Annual vaccination report of Bihar and Orissa - 1911-1928
Year: 1911
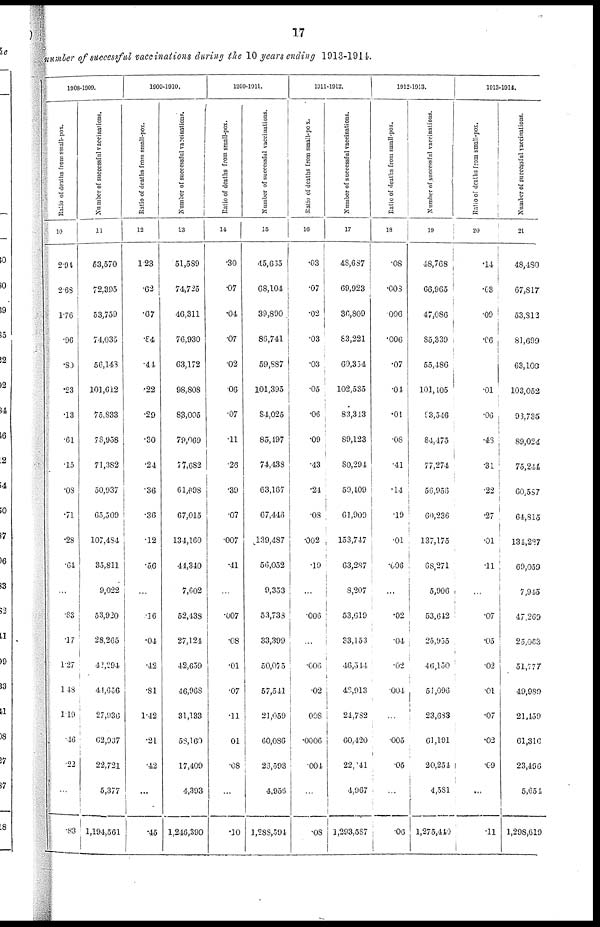
17
number of successful vaccinations during the 10 years ending 1913-194.
1908-1909.
Ratio of deaths from small-pox.
10
2.94
2.63
1.76
.96
.80
.53
.13
.61
.15
.03
.71
.28
.64
...
.83
.17
1.27
1.48
1.19
.40
.22
...
.83
Number of successful vaccinations.
11
53,570
72,395
53,759
74,035
56,143
101,612
75,833
78,958
71,382
50,937
65,509
107,484
35,811
9,022
53,920
28,265
42,294
44,656
27,936
62,937
22,721
5,377
1,194,561
1909-1910.
Ratio of deaths from small-pox.
12
1.23
.62
.67
.84
.44
.22
.29
.30
.24
.36
.36
.12
.56
...
.16
.04
.42
.81
1.42
.21
.42
...
.45
Number of successful vaccinations.
13
51,589
74,725
46,311
76,930
63,172
98,808
83,005
79,069
77,682
61,698
67,015
134,160
44,340
7,602
52,438
27,124
42,659
46,968
31,133
58,160
17,409
4,393
1,246,390
1910-1911.
Ratio of deaths from small-pox.
11
.30
.07
.04
.07
.02
.06
.07
.11
.26
.39
.07
.007
.41
...
.007
.08
.01
.07
.11
01
.08
...
.10
Number of successful vaccinations.
15
45,635
68,104
39,890
86,741
59,887
101,395
84,025
85,497
74,438
63,167
67,446
139,487
56,052
9,353
53,733
33,399
50,075
57,541
21,059
60,086
26,593
4,956
1,288,594
1911-1912.
Ratio of deaths from small-pox.
16
.03
.07
.02
.03
.03
.05
.06
.09
.43
.24
.08
.002
.19
...
.006
...
.006
.02
008
.0006
.004
...
.08
Number of successful vaccinations.
17
48,687
69,923
36,809
83,221
60,354
102,535
83,313
89,123
80,294
59,409
61,909
153,747
63,287
8,207
53,619
33,153
46,544
48,913
24,782
60,420
22,141
4,967
1,293,587
1912-1913.
Ratio of deaths from small-pox.
18
.08
.003
006
.006
.07
.04
.01
.08
.41
.14
.19
.01
.606
...
.02
.04
.02
.004
...
.005
.05
...
.06
Number of successful vaccinations.
19
48,768
66,965
47,086
85,339
55,486
101,405
93,546
84,475
77,274
56,956
60,236
137,175
68,271
5,906
53,642
25,955
46,150
51,096
23,683
61,191
20,254
4,581
1,275,440
1913-1914.
Ratio of deaths from small-pox.
20
.14
.63
.09
.06
...
.01
.06
.43
.31
.22
.27
.01
.11
...
.07
.05
.02
.01
.07
.02
.69
...
.11
Number of successful vaccinations.
21
48,480
67,817
53,812
81,699
63,100
103,052
93,735
89,024
75,244
60,587
64,815
134,227
69,059
7,945
47,269
25,063
51,777
49,989
21,459
61,316
23,496
5,654
1,298,619